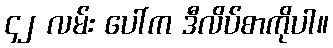
၄၂ လမ်း ပေါ်က ဒီလိပ်စာကိုပါ။